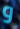
و